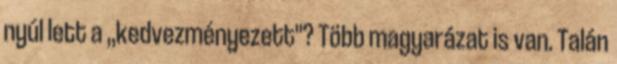
nyúl lett a ,,kedvezményezett"? Több magyarázat is van. Talán